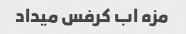
مزه اب کرفس میداد